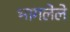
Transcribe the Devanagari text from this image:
भागलेले